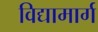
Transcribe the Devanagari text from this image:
विद्यामार्ग